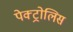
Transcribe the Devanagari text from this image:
पेक्ट्रोलिस